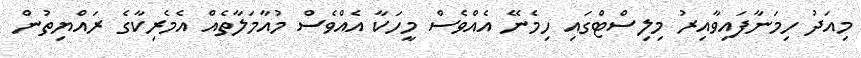
މިއަދު ހިމަނާފައިވާއިރު މިލިސްޓްގައި ހިމެނޭ އެއްވެސް މީހަކާ އެއްވެސް މުއާމަލާތެއް އެމެރިކާގެ ރައްޔިތުން